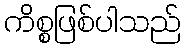
ကိစ္စဖြစ်ပါသည်